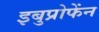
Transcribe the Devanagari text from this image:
इबुप्रोफेंन